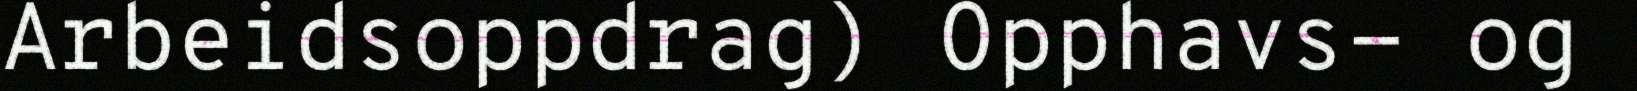
Arbeidsoppdrag) Opphavs- og